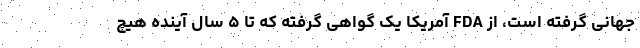
جهانی گرفته است، از FDA آمریکا یک گواهی گرفته که تا ۵ سال آینده هیچ